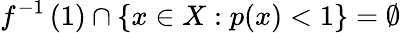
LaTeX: f^{-1}\left(1\right)\cap\left\{ x\in X:p(x)<1\right\} =\emptyset